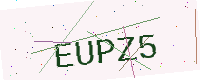
Text: EUPZ5